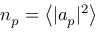
n _ { p } = \left< | a _ { p } | ^ { 2 } \right>